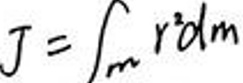
$J = \int_{m} r^{2}dm$